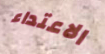
الاعتداء